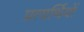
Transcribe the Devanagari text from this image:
प्रत्यर्थियों